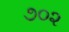
૭૦૨